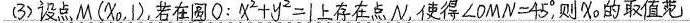
(3)设点M（x_{0},1）,若在圆O：x^{2}+y^{2}=1上存在点N，使得\angle OMN=45^{\circ}, 则x_{0}的取值范